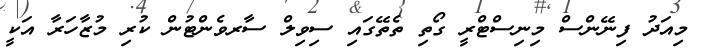
މިއަދު ފިނޭންސް މިނިސްޓްރީ ގޯތި ތެތޭގައި ސިވިލް ސާރވެންޓުން ކުރި މުޒާހަރާ އަކީ